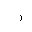
Letter: _ra